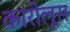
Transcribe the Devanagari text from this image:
कारोलूस